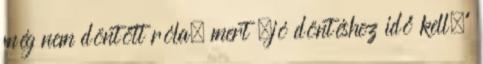
még nem döntött róla, mert „jó döntéshez idő kell.”